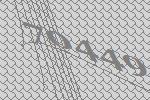
70449